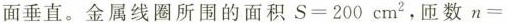
面垂直。金属线圈所围的面积$$S=200cm^{2}$$，匝数n=